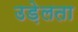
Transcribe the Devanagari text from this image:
उड़ेलता